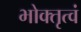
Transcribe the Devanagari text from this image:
भोक्तृत्वं